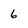
Character: 6